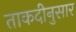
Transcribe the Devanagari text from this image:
ताकदीनुसार